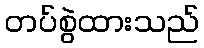
တပ်စွဲထားသည်